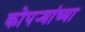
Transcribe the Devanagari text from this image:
कोपर्‍यांच्या